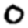
Digit: 0